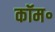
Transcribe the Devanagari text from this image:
कॉम॰